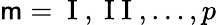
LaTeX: \mathsf{m}=\mathrm{{~I~}},\mathrm{{~I~I~}},\dots,p